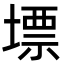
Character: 墂